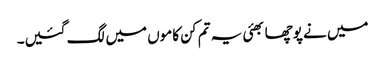
میں نے پوچھا بھئی یہ تم کن کاموں میں لگ گئیں۔